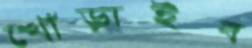
খোঁড়াইব